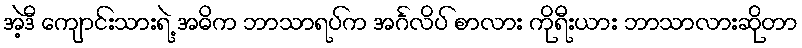
အဲ့ဒီ ကျောင်းသားရဲ့ အဓိက ဘာသာရပ်က အင်္ဂလိပ် စာလား ကိုရီးယား ဘာသာလားဆိုတာ